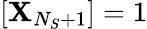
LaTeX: [\mathbf{X}_{N_{S}+1}]=1